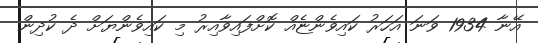
އޭނާ 1934 ވަނަ އަހަރު ކައިވެންޏެއް ކޮށްފައިވާއިރު މި ކައިވެންޔަށް ދެ ކުދިން